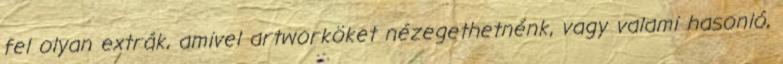
fel olyan extrák, amivel artworköket nézegethetnénk, vagy valami hasonló,